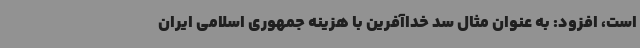
است، افزود: به عنوان مثال سد خداآفرین با هزینه جمهوری اسلامی ایران